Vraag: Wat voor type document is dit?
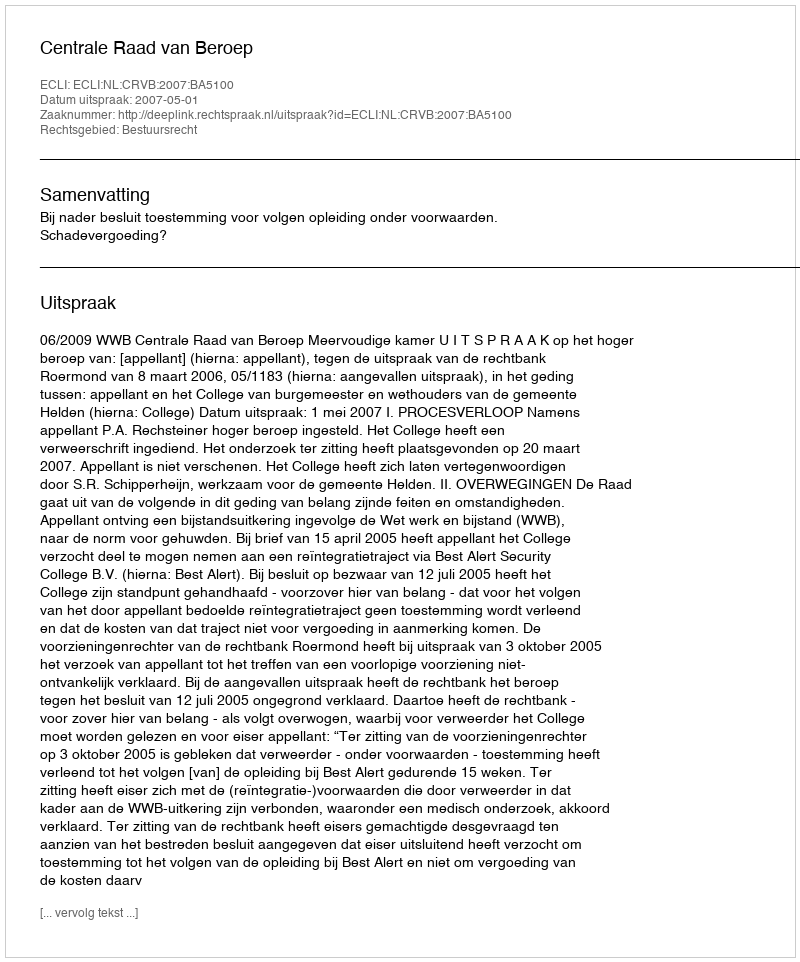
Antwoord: Uitspraak